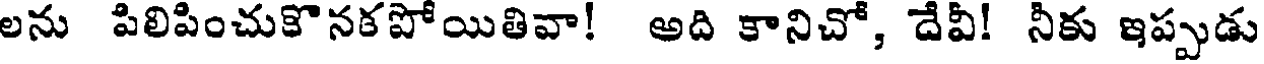
లను పిలిపించుకొనకపోయితివా! అది కానిచో, దేవీ! నీకు ఇప్పుడు